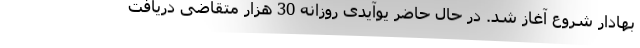
بهادار شروع آغاز شد. در حال حاضر یوآیدی روزانه 30 هزار متقاضی دریافت